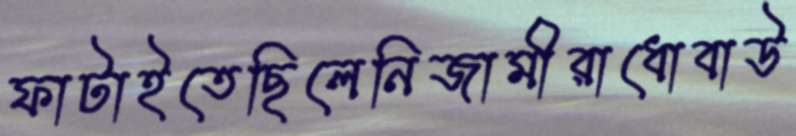
ফাটাইতেছিলেনিজামীরাধোবাউ